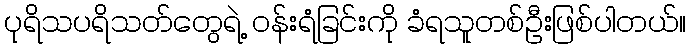
ပုရိသပရိသတ်တွေရဲ့ ဝန်းရံခြင်းကို ခံရသူတစ်ဦးဖြစ်ပါတယ်။